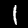
Digit: 1